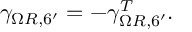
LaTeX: \gamma _ { \Omega R , 6 ^ { \prime } } = - \gamma _ { \Omega R , 6 ^ { \prime } } ^ { T } .